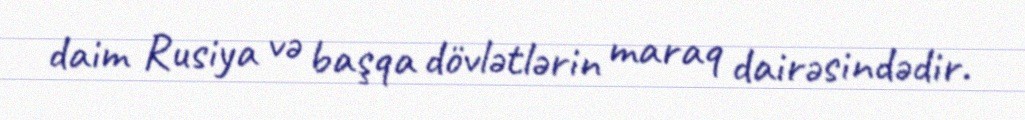
daim Rusiya və başqa dövlətlərin maraq dairəsindədir.